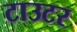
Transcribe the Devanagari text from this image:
टाउटर